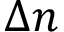
\Delta n